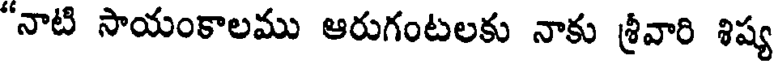
"నాటి సాయంకాలము ఆరుగంటలకు నాకు శ్రీవారి శిష్య